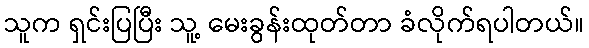
သူက ရှင်းပြပြီး သူ့ မေးခွန်းထုတ်တာ ခံလိုက်ရပါတယ်။